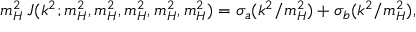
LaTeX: m _ { H } ^ { 2 } \, J ( k ^ { 2 } ; m _ { H } ^ { 2 } , m _ { H } ^ { 2 } , m _ { H } ^ { 2 } , m _ { H } ^ { 2 } , m _ { H } ^ { 2 } ) = \sigma _ { a } ( k ^ { 2 } / m _ { H } ^ { 2 } ) + \sigma _ { b } ( k ^ { 2 } / m _ { H } ^ { 2 } ) ,